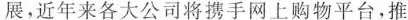
展，近年来各大公司将携手网上购物平台，推